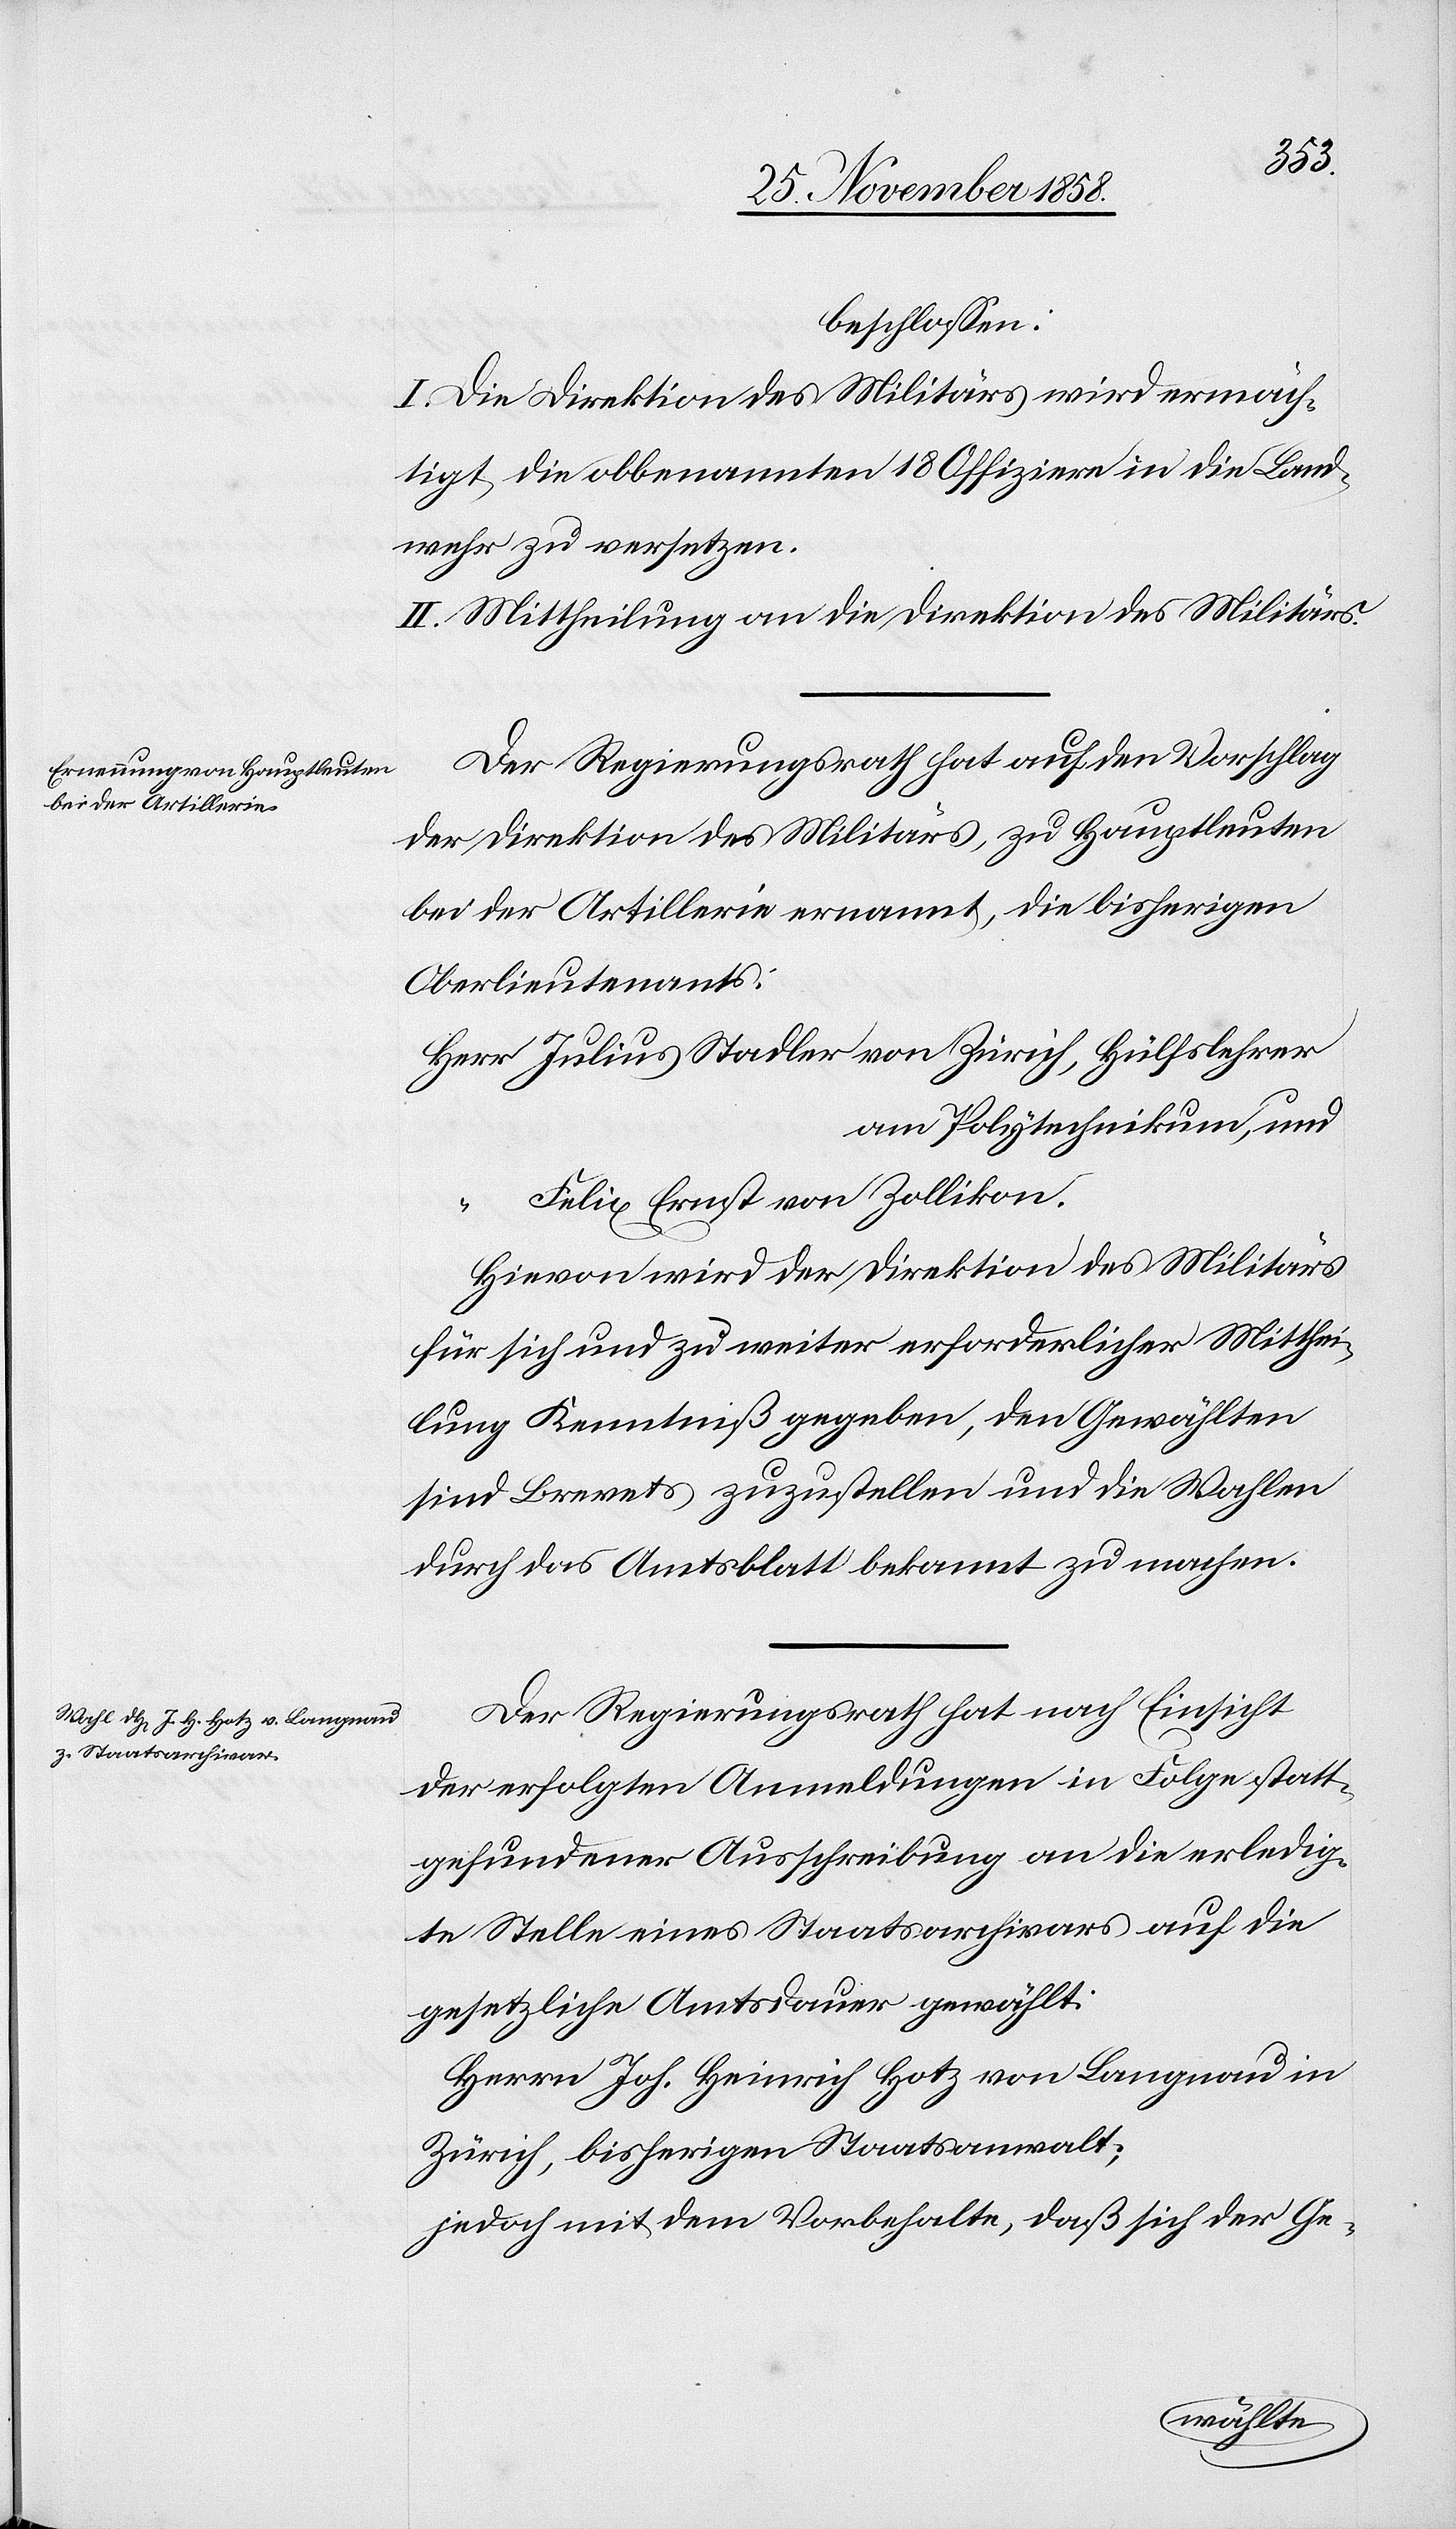
beschlossen:
I. Die Direktion des Militärs wird ermäch¬
tigt, die obbenannten 18 Offiziere in die Land¬
wehr zu versetzen.
II. Mittheilung an die Direktion des Militärs.
Der Regierungsrath hat auf den Vorschlag
der Direktion des Militärs, zu Hauptleuten
bei der Artillerie ernannt, die bisherigen
Oberlieutenants:
Herr Julius Stadler von Zürich, Hülfslehrer
am Polytechnikum, und
“ Felix Ernst von Zollikon.
Hievon wird der Direktion des Militärs
für sich und zu weiter erforderlicher Mitthei¬
lung Kenntniß gegeben, den Gewählten
sind Brevets zuzustellen und die Wahlen
durch das Amtsblatt bekannt zu machen.
Der Regierungsrath hat nach Einsicht
der erfolgten Anmeldungen in Folge statt¬
gefundener Ausschreibung an die erledig¬
te Stelle eines Staatsarchivars auf die
gesetzliche Amtsdauer gewählt:
Herrn Joh. Heinrich Hotz von Langnau in
Zürich, bisherigen Staatsanwalt;
jedoch mit dem Vorbehalte, daß sich der Ge-